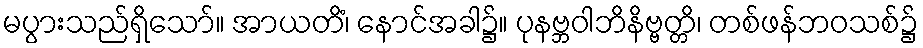
မပွားသည်ရှိသော်။ အာယတိံ၊ နောင်အခါ၌။ ပုနဗ္ဘဝါဘိနိဗ္ဗတ္တိ၊ တစ်ဖန်ဘဝသစ်၌